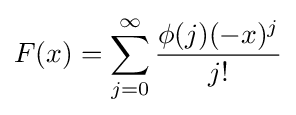
F(x)=\sum _{j=0}^{\infty }{\frac {\phi (j)(-x)^{j}}{j!}}